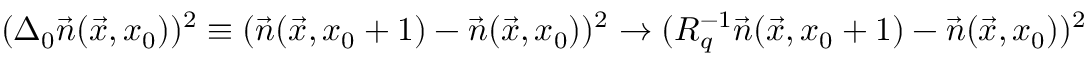
( \Delta _ { 0 } \vec { n } ( \vec { x } , x _ { 0 } ) ) ^ { 2 } \equiv ( \vec { n } ( \vec { x } , x _ { 0 } + 1 ) - \vec { n } ( \vec { x } , x _ { 0 } ) ) ^ { 2 } \to ( R _ { q } ^ { - 1 } \vec { n } ( \vec { x } , x _ { 0 } + 1 ) - \vec { n } ( \vec { x } , x _ { 0 } ) ) ^ { 2 }